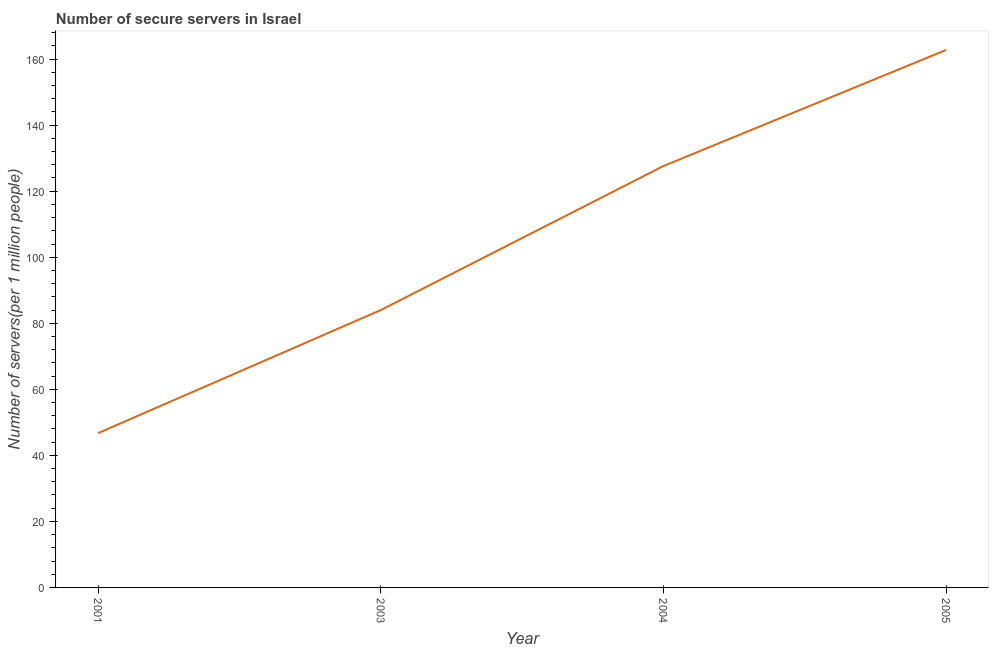
| Year | Secure Internet servers |
 | --- | --- |
 | 2001 | 46.7 |
 | 2003 | 84 |
 | 2004 | 128 |
 | 2005 | 163 |